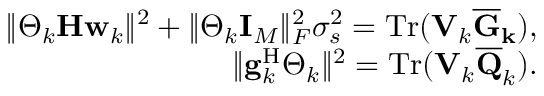
\begin{array} { r l r } & { } & { \Vert \boldsymbol { \Theta } _ { k } \mathbf { H } \mathbf { w } _ { k } \Vert ^ { 2 } + \Vert \boldsymbol { \Theta } _ { k } \mathbf { I } _ { M } \Vert _ { F } ^ { 2 } \sigma _ { s } ^ { 2 } = \mathrm { T r } ( \mathbf { V } _ { k } \mathbf { \overline { { G } } _ { k } ) } , } \\ & { } & { \Vert \mathbf { g } _ { k } ^ { \mathrm { H } } \boldsymbol { \Theta } _ { k } \Vert ^ { 2 } = \mathrm { T r } ( \mathbf { V } _ { k } \mathbf { \overline { { Q } } } _ { k } ) . } \end{array}